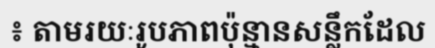
៖ តាមរយៈរូបភាពប៉ុន្មានសន្លឹកដែល